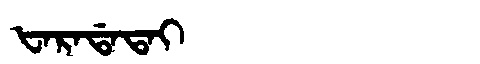
Manchu: ᡶᠠᡵᠠᡩᠠᡨᠠᡳ
Romanization: FARADATAI